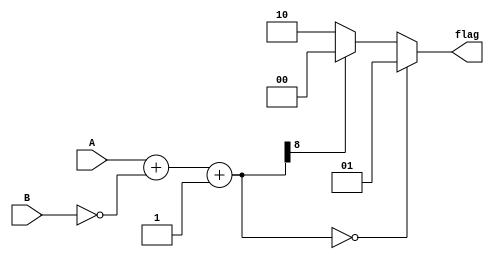
module unsigned_comparator (
  input [7:0] A,
  input [7:0] B,
  output reg [1:0] flag
  );

  // Adder/Subtractor block
  reg [8:0] diff;
  
  always @ (A, B)
  begin
    diff = A + ~B + 1; // Calculate A - B
  end
  
  // Comparator block
  always @ (diff)
  begin
    if (diff == 0)
      flag = 2'b01; // A is equal to B
    else if (diff[8] == 1) // Check MSB for sign
      flag = 2'b00; // A is greater than B
    else
      flag = 2'b10; // A is less than B
  end

endmodule